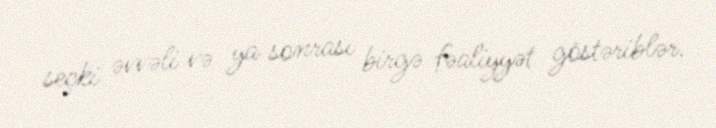
seçki əvvəli və ya sonrası birgə fəaliyyət göstəriblər.